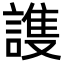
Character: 謢